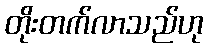
တိုးတက်လာသည်ဟု